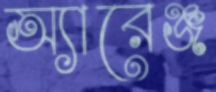
অ্যারেঞ্জ